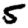
Digit: 5